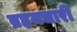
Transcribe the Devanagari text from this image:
ब्रहमचारी